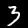
Label: 3